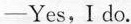
—Yes,I do.